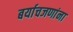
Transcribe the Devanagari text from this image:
बर्याचजणांना